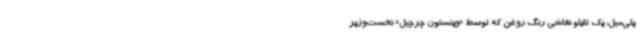
یلی‌میل، یک تابلو نقاشی رنگ روغن که توسط «وینستون چرچیل» نخست‌وزیر